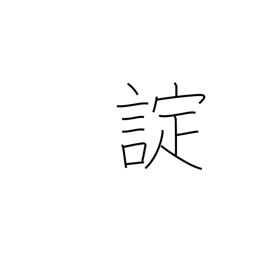
Meaning: command